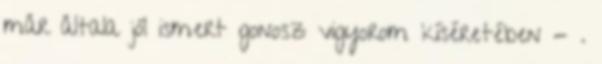
már általa jól ismert gonosz vigyorom kíséretében - .